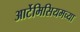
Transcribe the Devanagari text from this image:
आर्टेमिसियमच्या